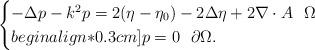
LaTeX: \begin{align*}\begin{cases}-\Delta p-k^2p=2(\eta-\eta_0)-2\Delta\eta+2\nabla\cdot A\,\,\,\,\Omega\\begin{align*}0.3cm] p=0\,\,\,\,\partial\Omega.\end{cases}\end{align*}